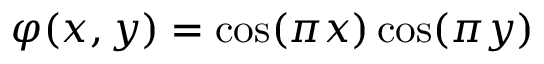
\varphi ( x , y ) = \cos ( \pi x ) \cos ( \pi y )